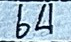
64